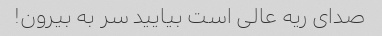
صدای ریه عالی است بیایید سر به بیرون!